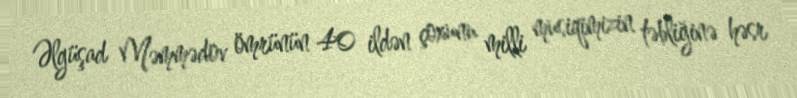
Əlgüşad Məmmədov ömrünün 40 ildən çoxunu milli musiqimizin təbliğinə həsr